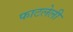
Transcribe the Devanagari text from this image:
फाटलेली